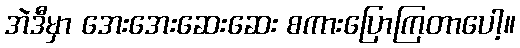
အဲဒီမှာ အေးအေးဆေးဆေး စကားပြောကြတာပေါ့။